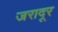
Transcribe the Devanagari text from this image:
जरादूर